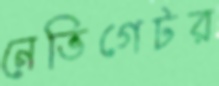
নেভিগেটর